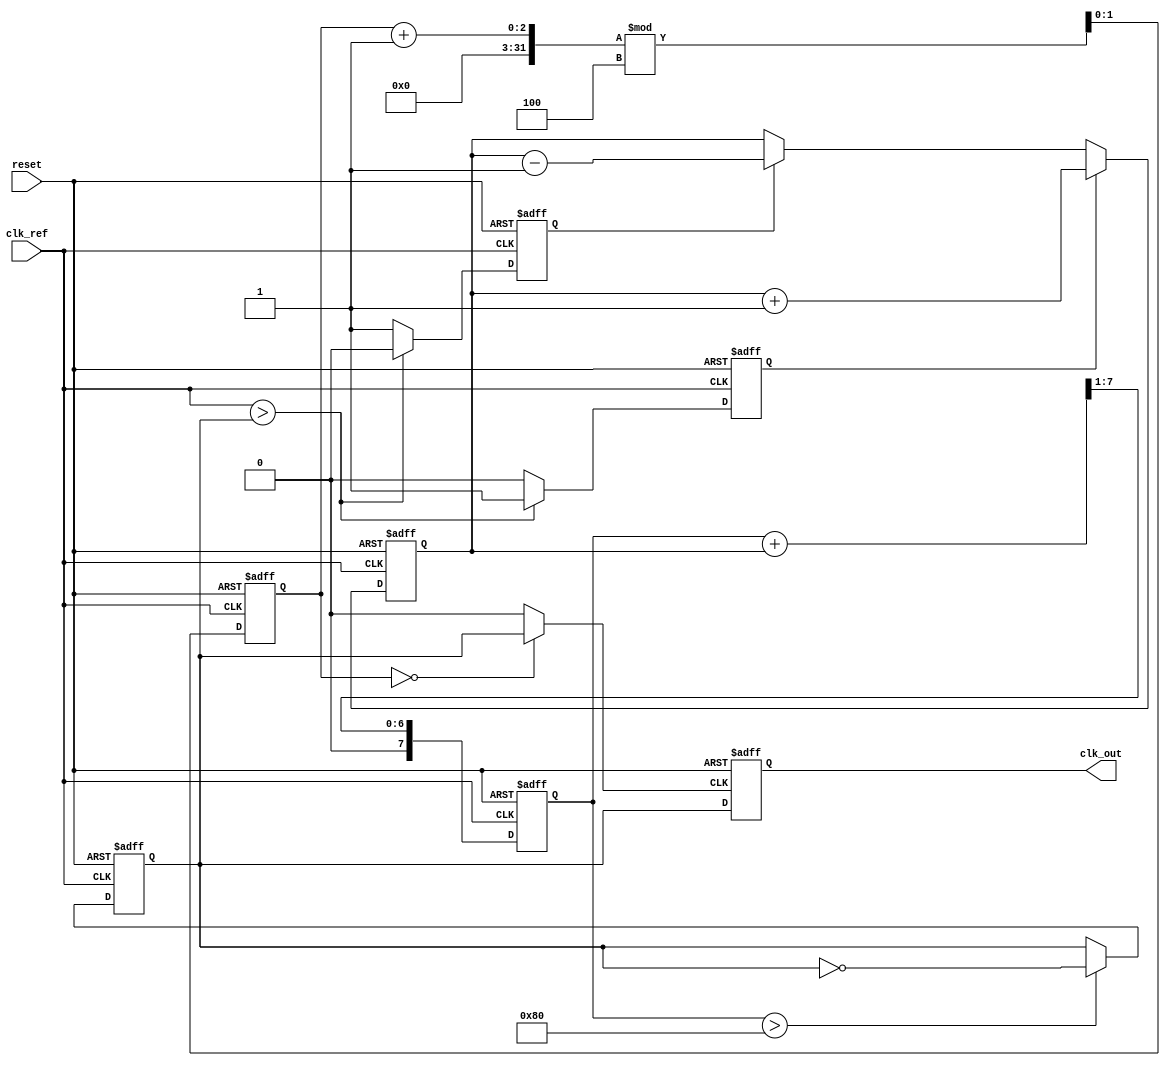
module CP_PLL (
    input wire clk_ref,            // Reference clock input
    input wire reset,              // Reset signal
    output reg clk_out             // Output clock signal
);

// Parameters for the charge pump and loop filter
parameter I_UP = 1'b1;           // Current source for UP signal
parameter I_DOWN = 1'b1;         // Current source for DOWN signal
parameter DIV_FACTOR = 4;        // Feedback divider factor

// Phase Detector
reg phase_detector_up;
reg phase_detector_down;
reg clk_vco;

// Simple phase detector logic
always @(posedge clk_ref or posedge reset) begin
    if (reset) begin
        phase_detector_up <= 0;
        phase_detector_down <= 0;
    end else begin
        // Placeholder for phase comparison logic
        // Set phase_detector_up or phase_detector_down based on clock phase comparison
        if (clk_ref > clk_vco) begin
            phase_detector_up <= 1;
            phase_detector_down <= 0;
        end else begin
            phase_detector_up <= 0;
            phase_detector_down <= 1;
        end
    end
end

// Charge Pump
reg charge_pump_current;
always @(posedge clk_ref or posedge reset) begin
    if (reset) begin
        charge_pump_current <= 0;
    end else begin
        // Charge pump logic based on UP and DOWN signals
        if (phase_detector_up) begin
            charge_pump_current <= charge_pump_current + I_UP;
        end else if (phase_detector_down) begin
            charge_pump_current <= charge_pump_current - I_DOWN;
        end
    end
end

// Loop Filter (simple RC filter model)
reg [7:0] loop_filter_voltage;
always @(posedge clk_ref or posedge reset) begin
    if (reset) begin
        loop_filter_voltage <= 0;
    end else begin
        // Simple RC filtering logic
        loop_filter_voltage <= (loop_filter_voltage + charge_pump_current) >> 1; // Basic averaging
    end
end

// Voltage-Controlled Oscillator (simple ring oscillator model)
reg [1:0] vco_counter;
always @(posedge clk_ref or posedge reset) begin
    if (reset) begin
        vco_counter <= 0;
        clk_vco <= 0;
    end else begin
        // VCO frequency control based on loop filter output
        if (loop_filter_voltage > 128) begin
            clk_vco <= ~clk_vco; // Toggle for simple demonstration
        end
        vco_counter <= (vco_counter + 1) % DIV_FACTOR; // Divider logic
    end
end

// Feedback Divider
wire clk_feedback = (vco_counter == 0) ? clk_vco : 0;

// Final output clock
always @(posedge clk_feedback or posedge reset) begin
    if (reset) begin
        clk_out <= 0;
    end else begin
        clk_out <= clk_vco; // Output clock signal
    end
end

endmodule